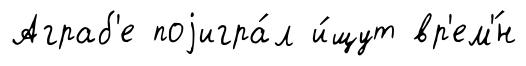
Аграб'е поjигра́л и́щут вр'ем'́н